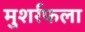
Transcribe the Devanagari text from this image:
मुशर्रफला